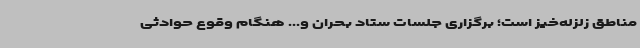
مناطق زلزله‌خیز است؛ برگزاری جلسات ستاد بحران و... هنگام وقوع حوادثی